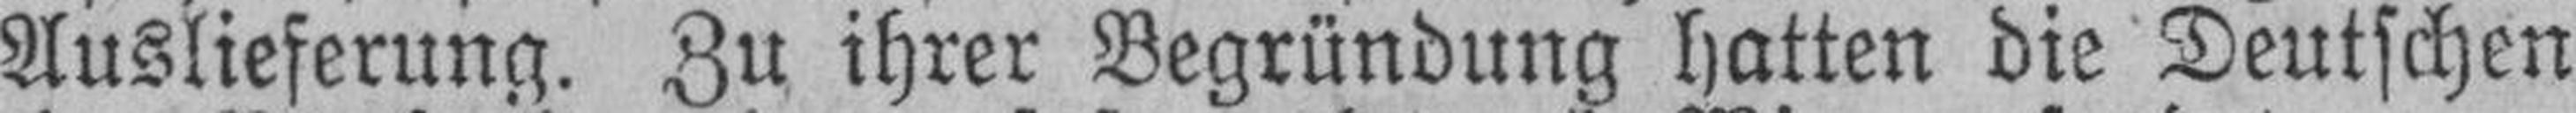
Auslieferung. Zu ihrer Begründung hatten die Deutschen